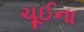
ચૂઈના